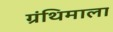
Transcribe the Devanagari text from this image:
ग्रंथिमाला